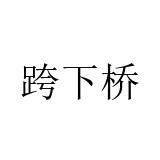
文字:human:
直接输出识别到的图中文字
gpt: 跨下桥